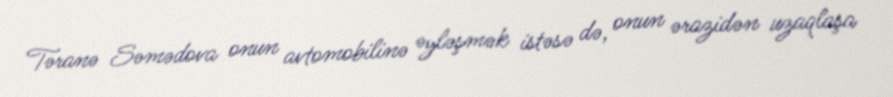
Təranə Səmədova onun avtomobilinə əyləşmək istəsə də, onun ərazidən uzaqlaşa